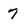
Character: 7